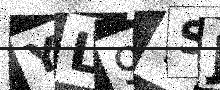
Text: YL9YSJ